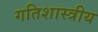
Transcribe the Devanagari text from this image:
गतिशास्त्रीय